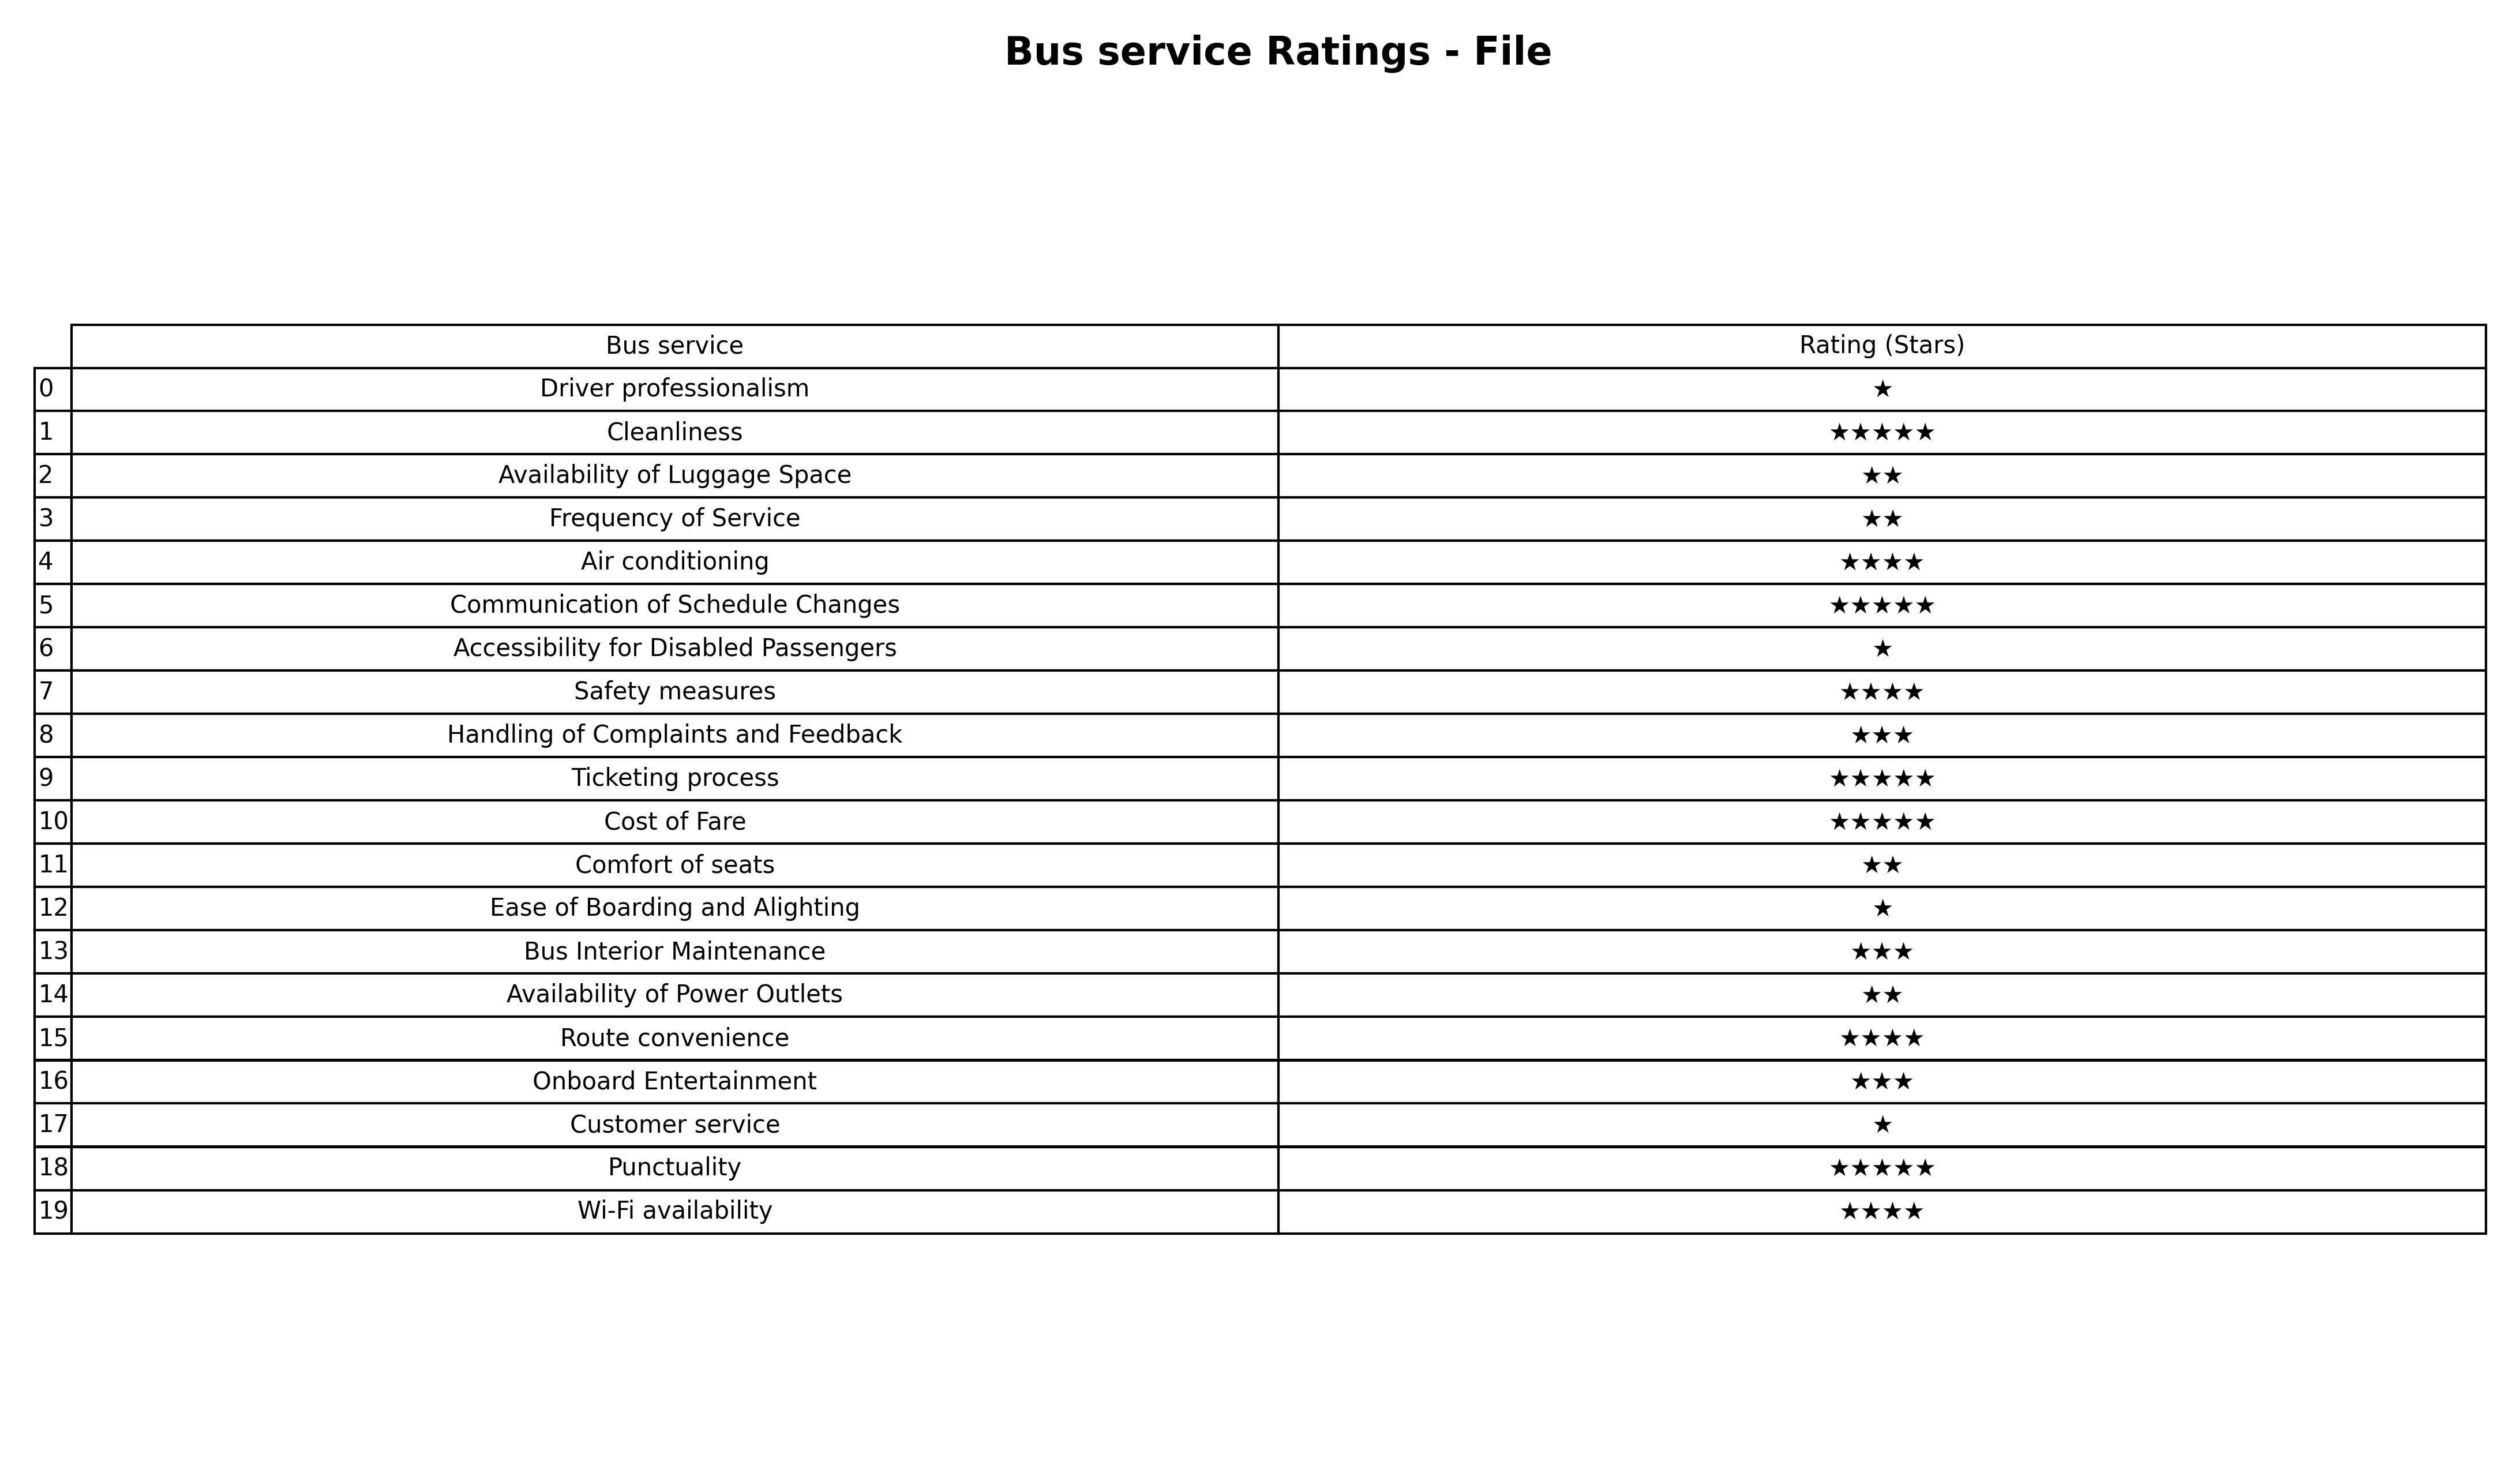
question: What are highest rating services?
answer: CleanlinessCommunication of Schedule ChangesTicketing processCost of FarePunctuality